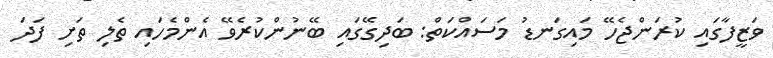
ވަޒީފާގައި ކުރަންޖެހޭ މައިގަނޑު މަސައްކަތް: ބަދިގޭގައި ބޭނުންކުރެވޭ އެންމެހައި ތެލި ތަށި ފަދަ